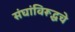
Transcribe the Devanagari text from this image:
संघांविरूद्धचे